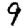
Digit: 9